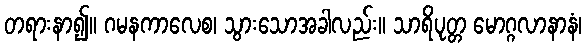
တရားနာ၍။ ဂမနကာလေစ၊ သွားသောအခါလည်း။ သာရိပုတ္တ မောဂ္ဂလာနာနံ၊